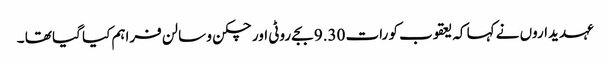
عہدیداروں نے کہا کہ یعقوب کو رات 9.30 بجے روٹی اور چکن و سالن فراہم کیا گیا تھا ۔